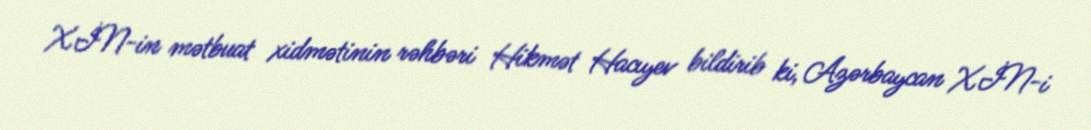
XİN-in mətbuat xidmətinin rəhbəri Hikmət Hacıyev bildirib ki, Azərbaycan XİN-i